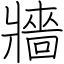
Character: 牆